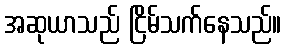
အဆုယာသည် ငြိမ်သက်နေသည်။